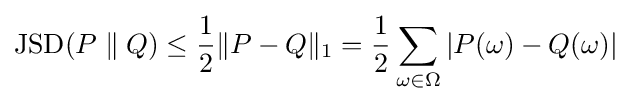
{\rm {JSD}}(P\parallel Q)\leq {\frac {1}{2}}\|P-Q\|_{1}={\frac {1}{2}}\sum _{\omega \in \Omega }|P(\omega )-Q(\omega )|